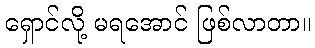
ရှောင်လို့ မရအောင် ဖြစ်လာတာ။